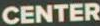
CENTER